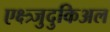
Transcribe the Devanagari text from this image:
एक्ष्त्र्जुदुकिअल